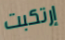
إرتكبت